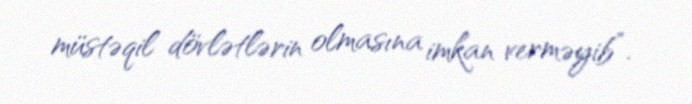
müstəqil dövlətlərin olmasına imkan verməyib”.